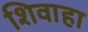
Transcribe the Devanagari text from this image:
शिवाहा